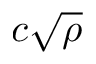
c \sqrt { \rho }